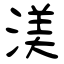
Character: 渼